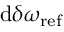
\mathrm { d } \delta \omega _ { \mathrm { r e f } }